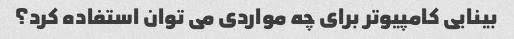
بینایی کامپیوتر برای چه مواردی می توان استفاده کرد؟